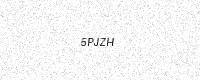
Text: 5PJZH